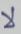
لا